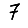
Digit: 7